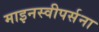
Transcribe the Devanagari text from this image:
माइनस्वीपर्सना